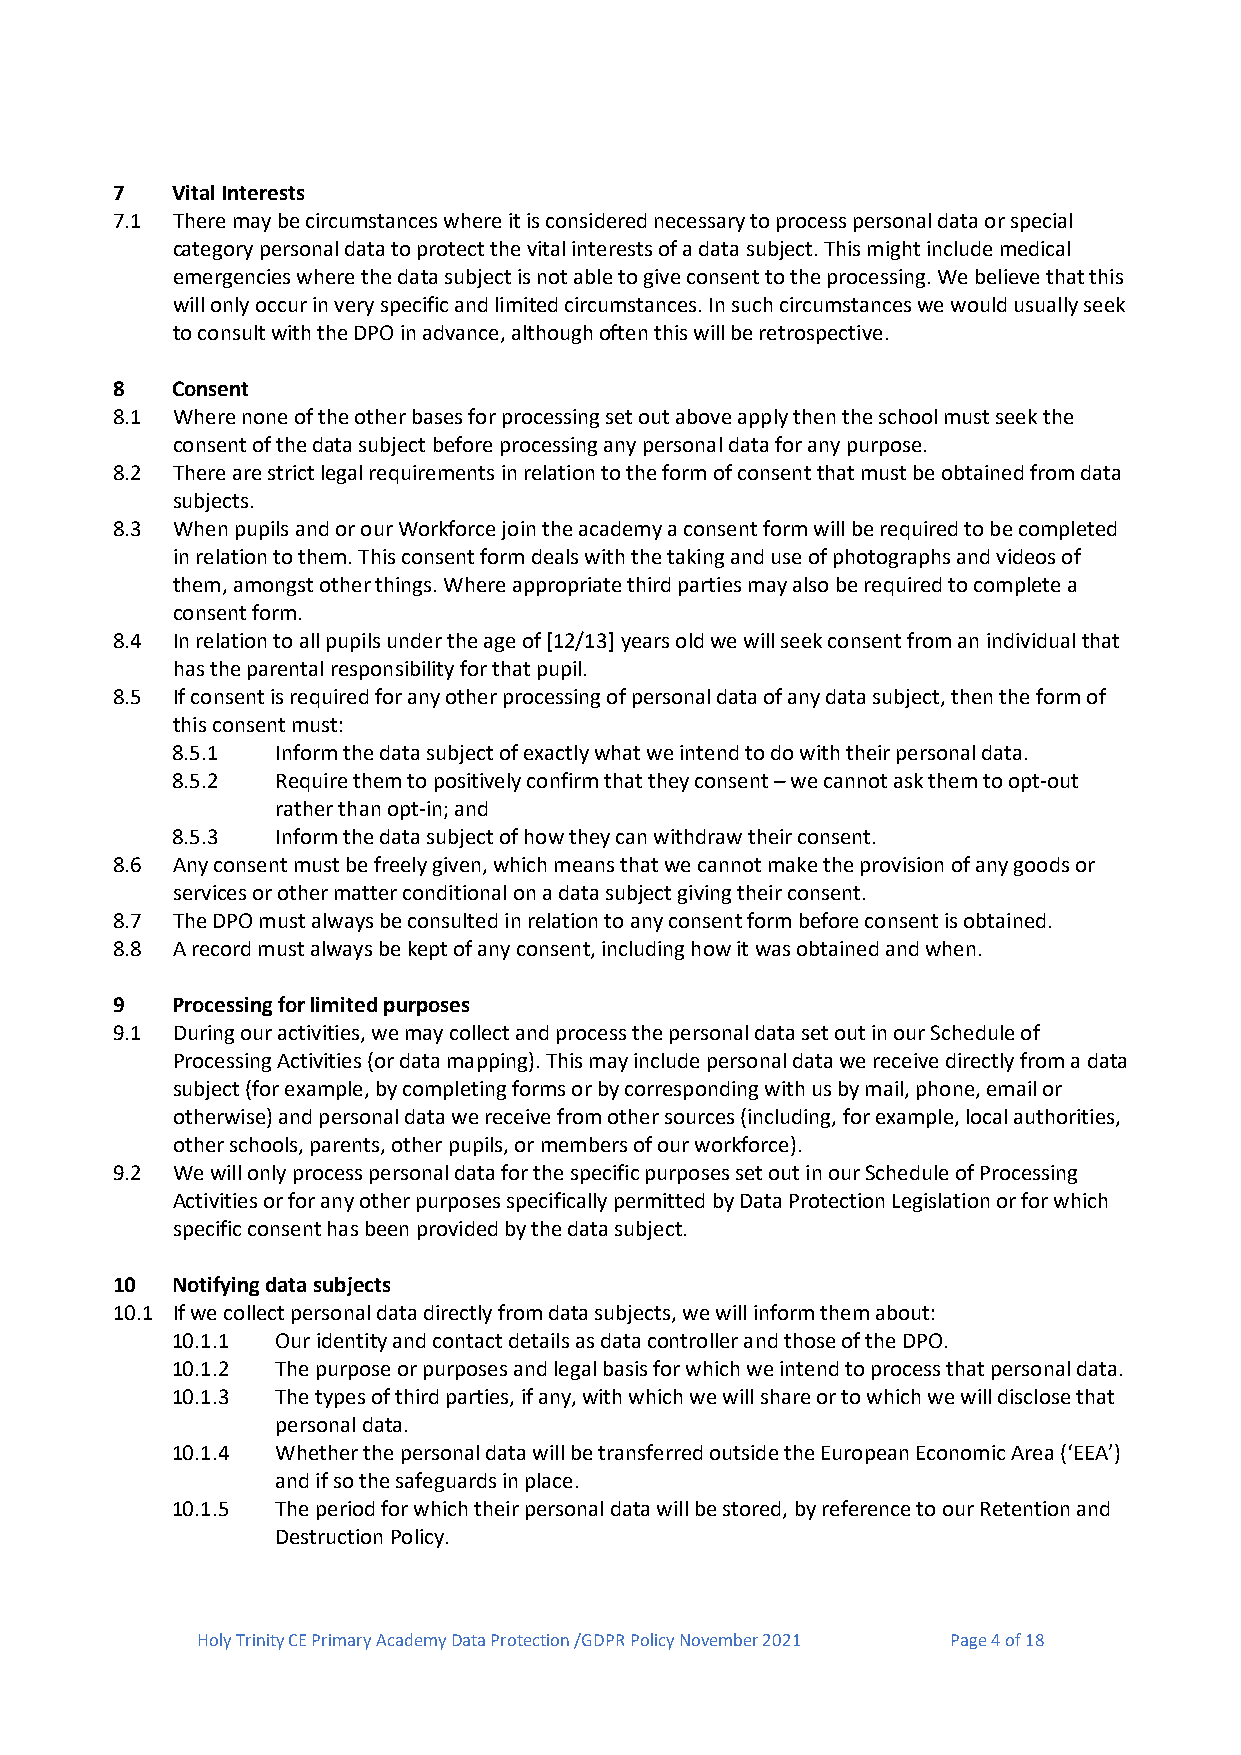
7   Vital Interests
 7.1 There may be circumstances where it is considered necessary to process personal data or special
 category personal data to protect the vital interests of a data subject. This might include medical
 emergencies where the data subject is not able to give consent to the processing. We believe that this
 will only occur in very specific and limited circumstances. In such circumstances we would usually seek
 to consult with the DPO in advance, although often this will be retrospective.
 8   Consent
 8.1 Where none of the other bases for processing set out above apply then the school must seek the
 consent of the data subject before processing any personal data for any purpose.
 8.2 There are strict legal requirements in relation to the form of consent that must be obtained from data
 subjects.
 8.3 When pupils and or our Workforce join the academy a consent form will be required to be completed
 in relation to them. This consent form deals with the taking and use of photographs and videos of
 them, amongst other things. Where appropriate third parties may also be required to complete a
 consent form.
 8.4 In relation to all pupils under the age of [12/13] years old we will seek consent from an individual that
 has the parental responsibility for that pupil.
 8.5 If consent is required for any other processing of personal data of any data subject, then the form of
 this consent must:
 8.5.1  Inform the data subject of exactly what we intend to do with their personal data.
 8.5.2  Require them to positively confirm that they consent – we cannot ask them to opt-out
 rather than opt-in; and
 8.5.3  Inform the data subject of how they can withdraw their consent.
 8.6 Any consent must be freely given, which means that we cannot make the provision of any goods or
 services or other matter conditional on a data subject giving their consent.
 8.7 The DPO must always be consulted in relation to any consent form before consent is obtained.
 8.8 A record must always be kept of any consent, including how it was obtained and when.
 9   Processing for limited purposes
 9.1 During our activities, we may collect and process the personal data set out in our Schedule of
 Processing Activities (or data mapping). This may include personal data we receive directly from a data
 subject (for example, by completing forms or by corresponding with us by mail, phone, email or
 otherwise) and personal data we receive from other sources (including, for example, local authorities,
 other schools, parents, other pupils, or members of our workforce).
 9.2 We will only process personal data for the specific purposes set out in our Schedule of Processing
 Activities or for any other purposes specifically permitted by Data Protection Legislation or for which
 specific consent has been provided by the data subject.
 10  Notifying data subjects
 10.1 If we collect personal data directly from data subjects, we will inform them about:
 10.1.1 Our identity and contact details as data controller and those of the DPO.
 10.1.2 The purpose or purposes and legal basis for which we intend to process that personal data.
 10.1.3 The types of third parties, if any, with which we will share or to which we will disclose that
 personal data.
 10.1.4 Whether the personal data will be transferred outside the European Economic Area (‘EEA’)
 and if so the safeguards in place.
 10.1.5 The period for which their personal data will be stored, by reference to our Retention and
 Destruction Policy.
 Holy Trinity CE Primary Academy Data Protection /GDPR Policy November 2021 Page 4 of 18